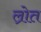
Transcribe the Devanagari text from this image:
ल्रोत